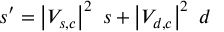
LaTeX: s ^ { \prime } = \left| V _ { s , c } \right| ^ { 2 } \ s + \left| V _ { d , c } \right| ^ { 2 } \ d